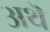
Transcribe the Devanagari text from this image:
अथॆ